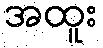
အထူး